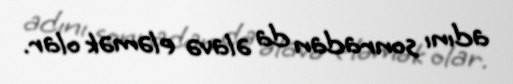
adını sonradan da əlavə eləmək olar.